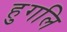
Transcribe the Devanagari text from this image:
हुगलि